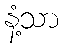
နံ့သာ